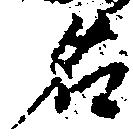
名